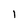
Character: l